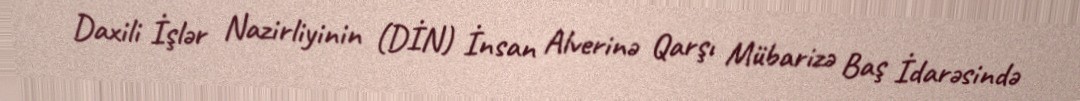
Daxili İşlər Nazirliyinin (DİN) İnsan Alverinə Qarşı Mübarizə Baş İdarəsində